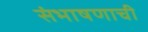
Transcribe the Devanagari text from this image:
संभाषणाची